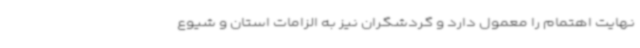
نهایت اهتمام را معمول دارد و گردشگران نیز به الزامات استان و شیوع